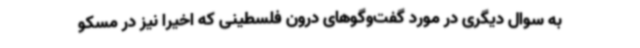
به سوال دیگری در مورد گفت‌وگوهای درون فلسطینی که اخیرا نیز در مسکو